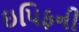
ઇપિફની